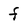
Character: f